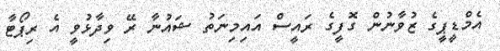
އެމްޑީޕީގެ ޒުވާނުން ގޮފީގެ ރައީސް އައިމިނަތު ޝައުނާ ރޭ ވިދާޅުވީ އެ ރިޕޯޓާ